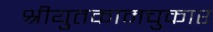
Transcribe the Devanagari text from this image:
श्रीयुतकामचुकार